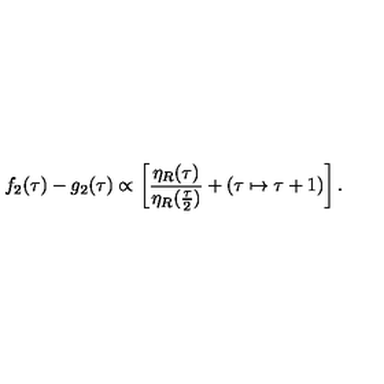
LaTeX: f _ { 2 } ( \tau ) - g _ { 2 } ( \tau ) \propto \left[ { \frac { \eta _ { R } ( \tau ) } { \eta _ { R } ( { \frac { \tau } { 2 } } ) } } + ( \tau \mapsto \tau + 1 ) \right] .